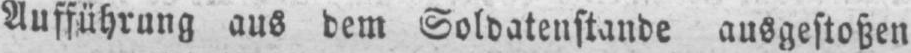
Aufführung aus dem Soldatenstande ausgestoßen